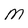
Character: m